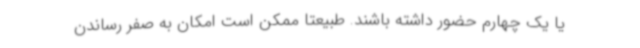
یا یک چهارم حضور داشته باشند. طبیعتا ممکن است امکان به صفر رساندن